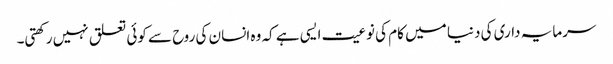
سرمایہ داری کی دنیا میں کام کی نوعیت ایسی ہے کہ وہ انسان کی روح سے کوئی تعلق نہیں رکھتی۔